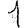
Digit: 1